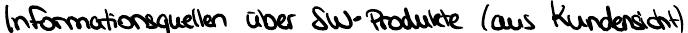
Informationsquellen über SW-Produkte (aus Kundensicht)